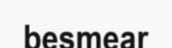
besmear